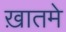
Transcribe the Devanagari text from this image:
ख़ातमे